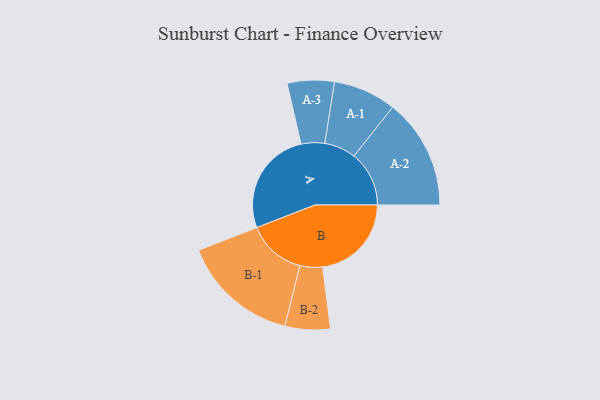
{"axis": {"x": "Segment", "y": "Value"}, "legend": ["", "A", "B"], "data": [{"x": "A", "y": 484, "type": ""}, {"x": "B", "y": 408, "type": ""}, {"x": "A-1", "y": 145, "type": "A"}, {"x": "A-2", "y": 254, "type": "A"}, {"x": "A-3", "y": 108, "type": "A"}, {"x": "B-1", "y": 270, "type": "B"}, {"x": "B-2", "y": 104, "type": "B"}]}